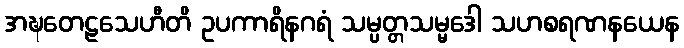
အဍ္ဎတေဠသေဟီတိ ဥပကာရိနဂရံ သမ္ပတ္တသမ္မဒေါ သဟစရဏနယေန